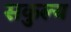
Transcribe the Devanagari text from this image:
सकुल्य